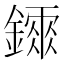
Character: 𨭂